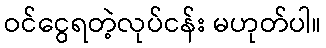
ဝင်ငွေရတဲ့လုပ်ငန်း မဟုတ်ပါ။